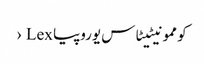
کوممونیٹیٹاس یوروپیا Lex ›